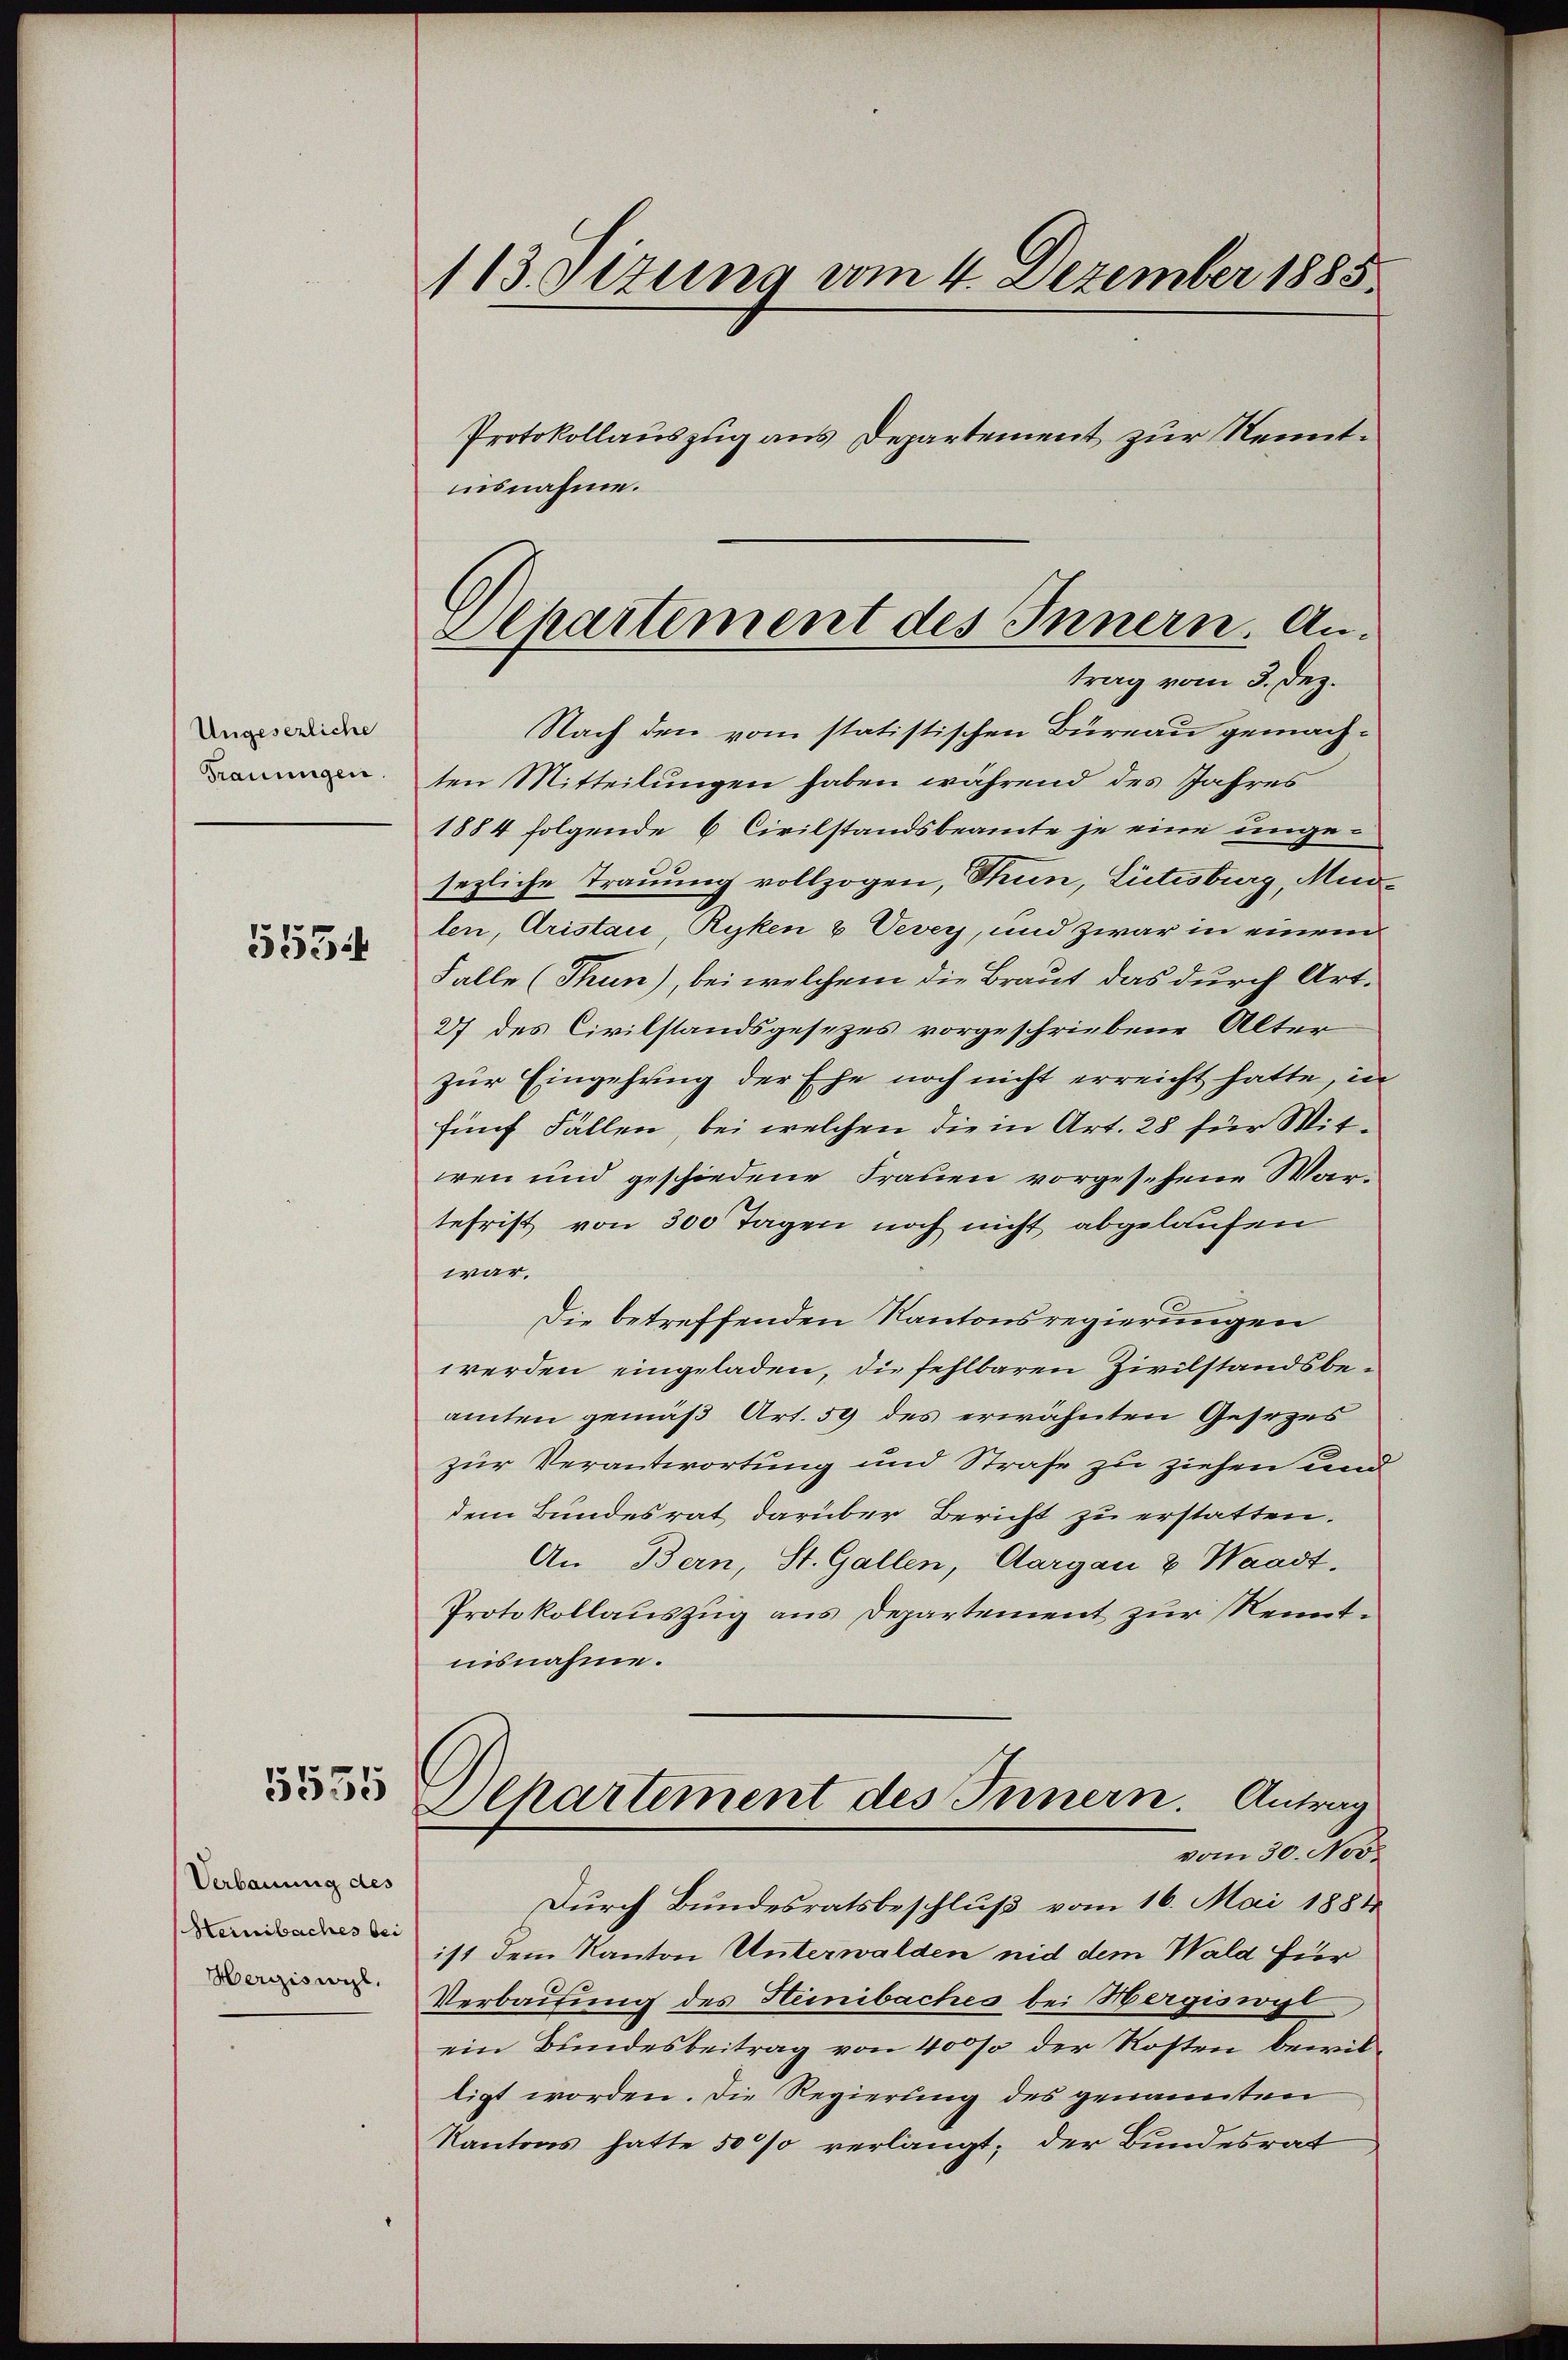
Ungesezliche
Trauungen.

5554

5535

Verbauung des
Heinibaches bei
Hergiswil.

113. Ottung vom 4. Dezember 1885
Protokollauszug aus Departement zur Kenntisnahme.

Departement des Innern. Antrag vom 3. Dez.

Nach den vom statistischen Büreau gemachten Mitteilungen haben während des Jahres
1884 folgende 6 Civilstandsbeamte je eine ungesezliche Trauung vollzogen, Thun, Litisburg, Mudlen, Aristau, Ryken & Vevey, und zwar in einem
Falle (Thun), bei welchem die Braut das durch Art.
27 des Civilstandsgesezes vorgeschriebene Alter
zur Eingehung der Ehe noch nicht erreicht hatte, in
fünf Fallen, bei welchen die in Art. 28 für Mitwen und geschiedene Frauen vorgesehene Wartefrist von 300 Tagen noch nicht abgelaufen
war.
Die betreffenden Kantonsregierungen
werden eingeladen, die fehlbaren Zivilstandsbeamten gemäß Art. 59 des erwähnten Gesezes
zur Verantwortung und Strafe zu ziehen und
dem Bundesrat darüber Bericht zu erstatten.
An Bern, St. Gallen, Aargau & Waadt.
Protokollauszug aus Departement zur Kenntnisnahme.
1
Separtement des Innern. Antrag
vom 30. Nov.
Durch Bundesratsbeschluß vom 16. Mai 1881
ist dem Kanton Unterwalden nid dem Wald für
Verbauung des Heinibaches bei Hergiswogt
ein Bundesbeitrag von 4000 der Rosten bewilligt worden. Die Regierung des genannten
Kantons hatte 50% verlangt; der Bundesrat